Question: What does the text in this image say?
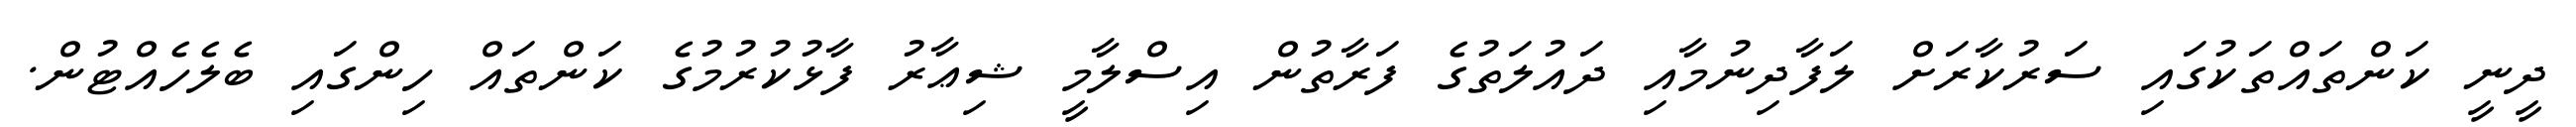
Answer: ދީނީ ކަންތައްތަކުގައި ސަރުކާރަށް ލަފާދިނުމާއި ދައުލަތުގެ ފަރާތުން އިސްލާމީ ޝިޢާރު ފާޅުކުރުމުގެ ކަންތައް ހިންގައި ބެލެހެއްޓުން.